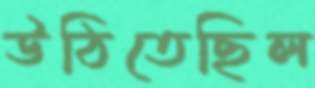
উঠিতেছিল